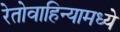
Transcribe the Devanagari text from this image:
रेतोवाहिन्यामध्ये